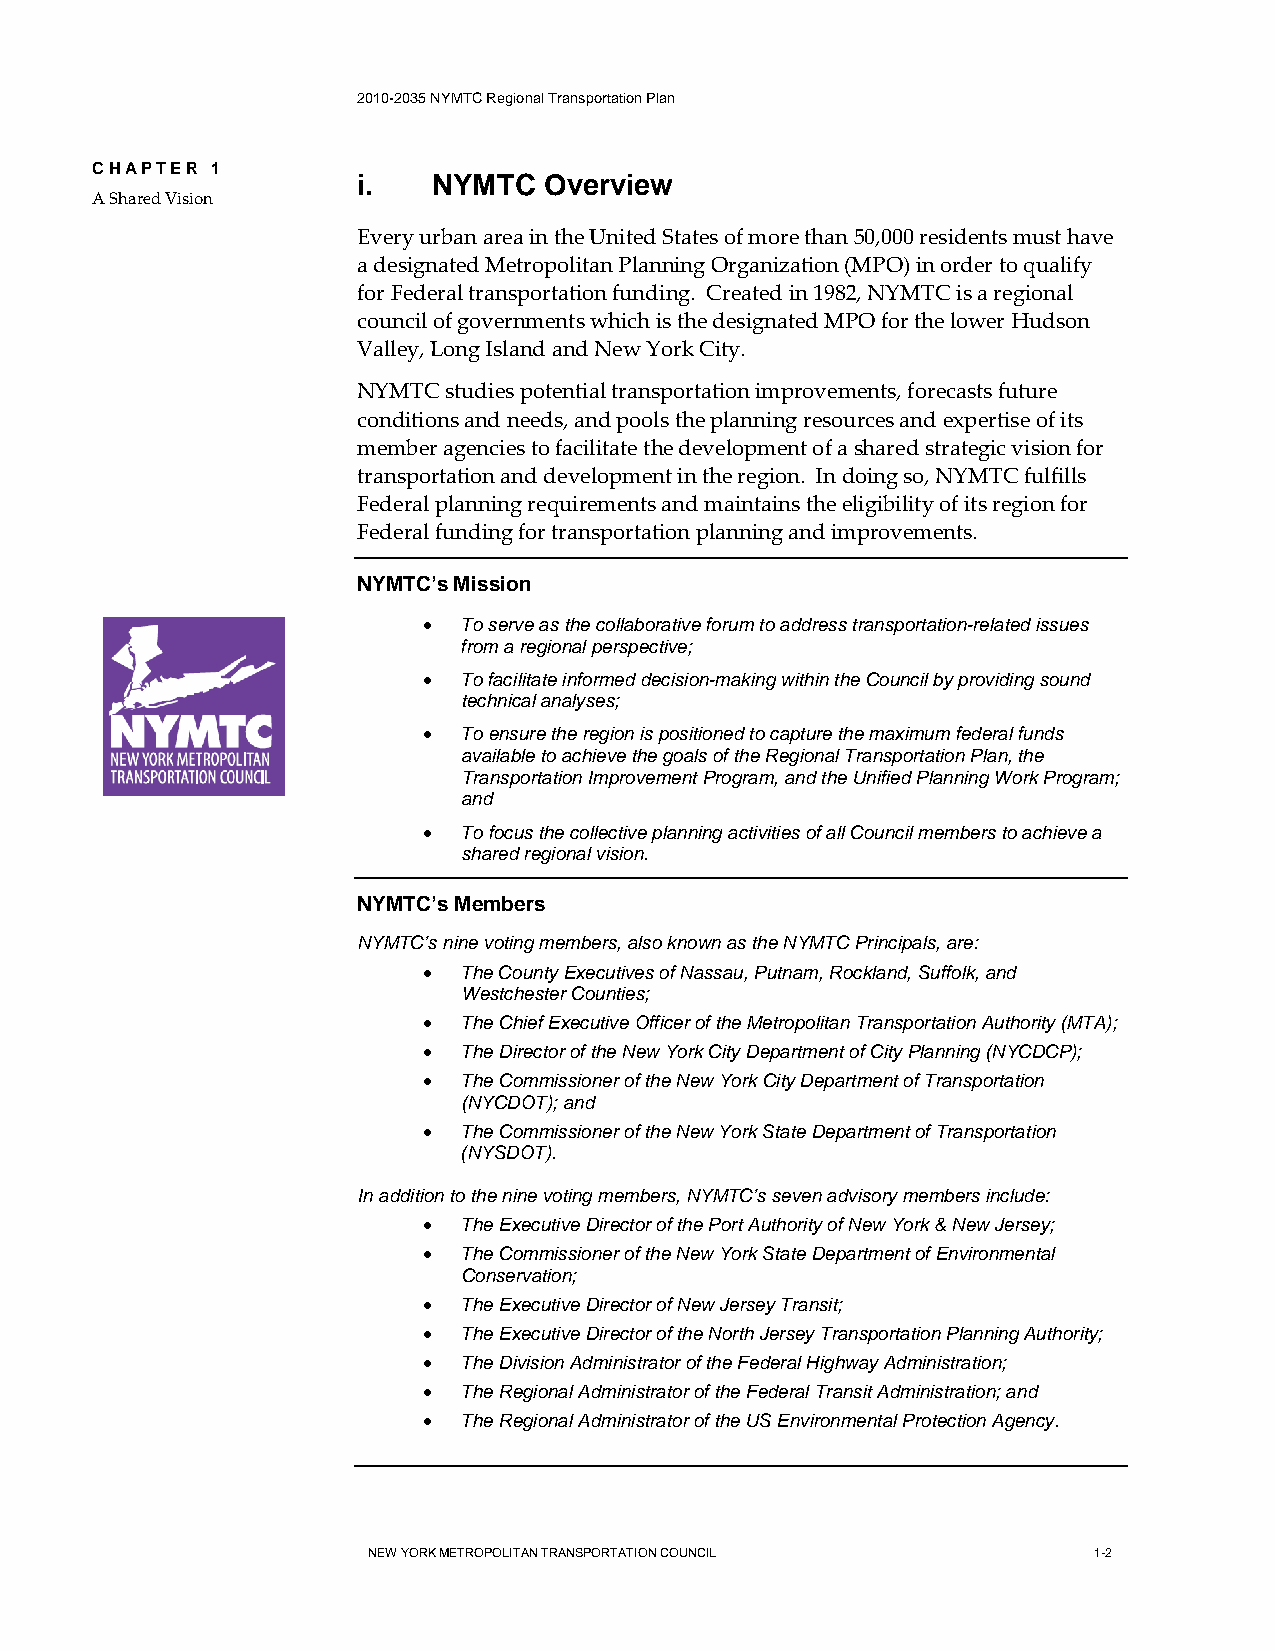
2010-2035 NYMTC Regional Transportation Plan
 CHAPTER 1
 i.   NYMTC  Overview
 A Shared Vision
 Every urban area in the United States of more than 50,000 residents must have
 a designated Metropolitan Planning Organization (MPO) in order to qualify
 for Federal transportation funding. Created in 1982, NYMTC is a regional
 council of governments which is the designated MPO for the lower Hudson
 Valley, Long Island and New York City.
 NYMTC studies potential transportation improvements, forecasts future
 conditions and needs, and pools the planning resources and expertise of its
 member agencies to facilitate the development of a shared strategic vision for
 transportation and development in the region. In doing so, NYMTC fulfills
 Federal planning requirements and maintains the eligibility of its region for
 Federal funding for transportation planning and improvements.
 NYMTC’s Mission
 • To serve as the collaborative forum to address transportation-related issues
 from a regional perspective;
 • To facilitate informed decision-making within the Council by providing sound
 technical analyses;
 • To ensure the region is positioned to capture the maximum federal funds
 available to achieve the goals of the Regional Transportation Plan, the
 Transportation Improvement Program, and the Unified Planning Work Program;
 and
 • To focus the collective planning activities of all Council members to achieve a
 shared regional vision.
 NYMTC’s Members
 NYMTC’s nine voting members, also known as the NYMTC Principals, are:
 • The County Executives of Nassau, Putnam, Rockland, Suffolk, and
 Westchester Counties;
 • The Chief Executive Officer of the Metropolitan Transportation Authority (MTA);
 • The Director of the New York City Department of City Planning (NYCDCP);
 • The Commissioner of the New York City Department of Transportation
 (NYCDOT); and
 • The Commissioner of the New York State Department of Transportation
 (NYSDOT).
 In addition to the nine voting members, NYMTC’s seven advisory members include:
 • The Executive Director of the Port Authority of New York & New Jersey;
 • The Commissioner of the New York State Department of Environmental
 Conservation;
 • The Executive Director of New Jersey Transit;
 • The Executive Director of the North Jersey Transportation Planning Authority;
 • The Division Administrator of the Federal Highway Administration;
 • The Regional Administrator of the Federal Transit Administration; and
 • The Regional Administrator of the US Environmental Protection Agency.
 NEW YORK METROPOLITAN TRANSPORTATION COUNCIL    1-2